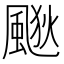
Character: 𱃀